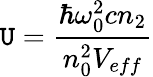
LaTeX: \mathtt{U}=\frac{{\hbar\omega_{0}^{2}cn_{2}}}{{n_{0}^{2}V_{eff}}}